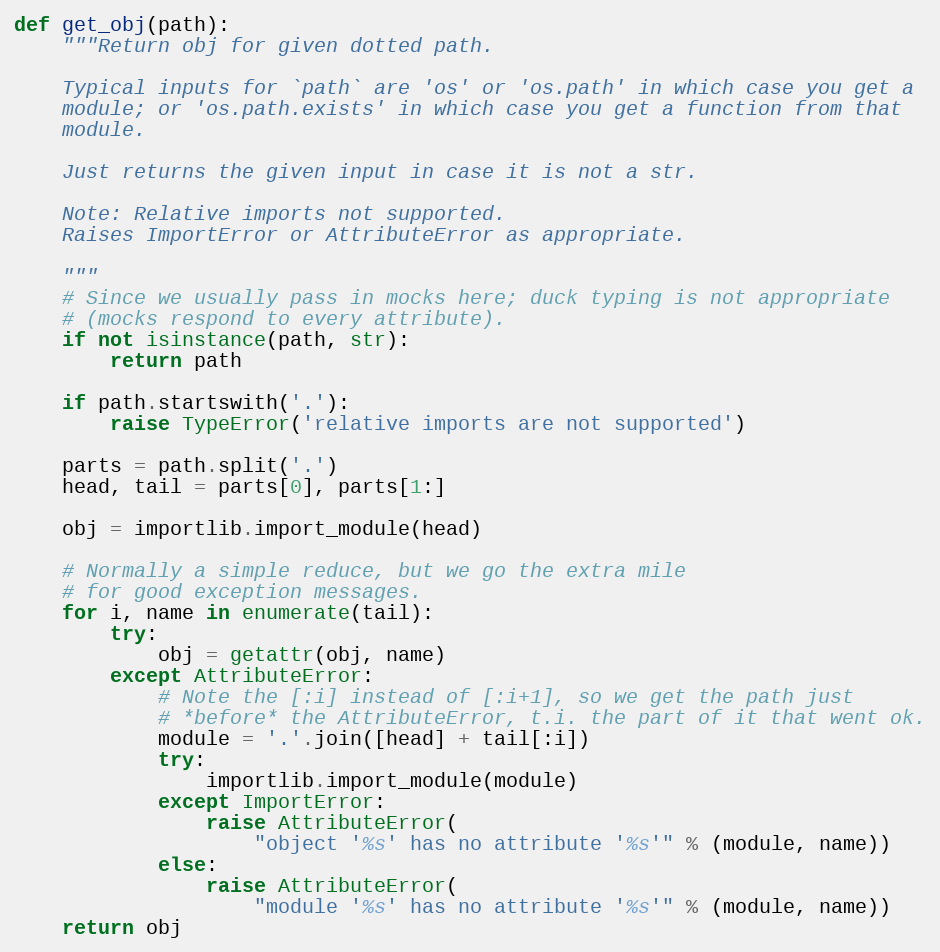
Language: Python
def get_obj(path):
    """Return obj for given dotted path.

    Typical inputs for `path` are 'os' or 'os.path' in which case you get a
    module; or 'os.path.exists' in which case you get a function from that
    module.

    Just returns the given input in case it is not a str.

    Note: Relative imports not supported.
    Raises ImportError or AttributeError as appropriate.

    """
    # Since we usually pass in mocks here; duck typing is not appropriate
    # (mocks respond to every attribute).
    if not isinstance(path, str):
        return path

    if path.startswith('.'):
        raise TypeError('relative imports are not supported')

    parts = path.split('.')
    head, tail = parts[0], parts[1:]

    obj = importlib.import_module(head)

    # Normally a simple reduce, but we go the extra mile
    # for good exception messages.
    for i, name in enumerate(tail):
        try:
            obj = getattr(obj, name)
        except AttributeError:
            # Note the [:i] instead of [:i+1], so we get the path just
            # *before* the AttributeError, t.i. the part of it that went ok.
            module = '.'.join([head] + tail[:i])
            try:
                importlib.import_module(module)
            except ImportError:
                raise AttributeError(
                    "object '%s' has no attribute '%s'" % (module, name))
            else:
                raise AttributeError(
                    "module '%s' has no attribute '%s'" % (module, name))
    return obj